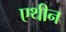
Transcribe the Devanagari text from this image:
एथीन